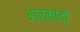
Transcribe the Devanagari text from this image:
आर्मांदो